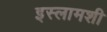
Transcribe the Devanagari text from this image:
इस्लामशी